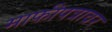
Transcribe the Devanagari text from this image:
माफीपत्रावर